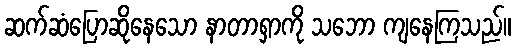
ဆက်ဆံပြောဆိုနေသော နာတာရှာကို သဘော ကျနေကြသည်။